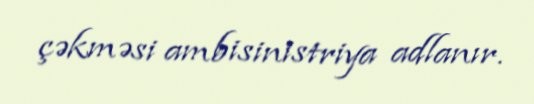
çəkməsi ambisinistriya adlanır.